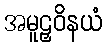
အမူဠှဝိနယံ